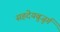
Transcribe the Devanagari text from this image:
सहदेयबुजुर्ग